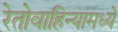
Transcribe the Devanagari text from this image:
रेतोवाहिन्यामध्ये